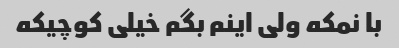
با نمکه ولی اینم بگم خیلی کوچیکه